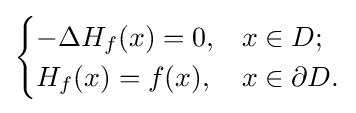
{\begin{cases}-\Delta H_{f}(x)=0,&x\in D;\\H_{f}(x)=f(x),&x\in \partial D.\end{cases}}